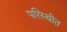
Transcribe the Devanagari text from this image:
परिस्थीत